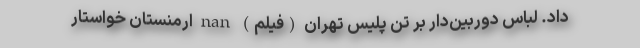
داد. لباس‌ دوربین‌دار بر تن پلیس تهران (فیلم) nan ارمنستان خواستار